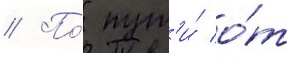
// По́ пут'и́ о́т